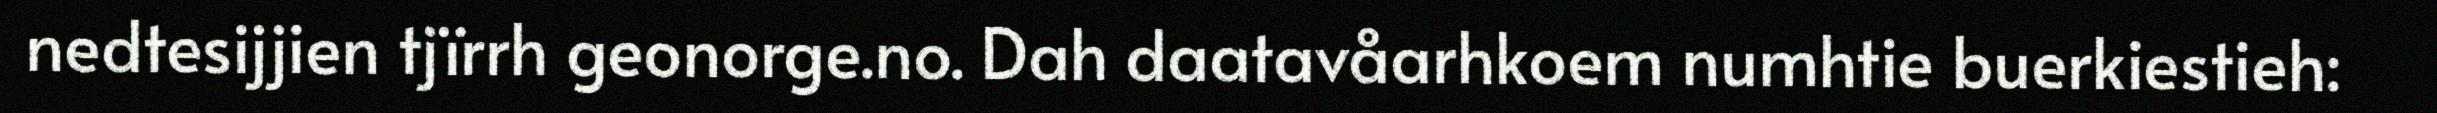
nedtesijjien tjïrrh geonorge.no. Dah daatavåarhkoem numhtie buerkiestieh: